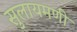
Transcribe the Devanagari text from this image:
सुलायमणी